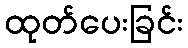
ထုတ်ပေးခြင်း